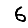
Digit: 6